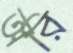
অরি